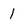
Character: 1